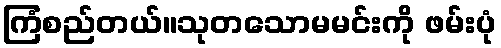
ကြံစည်တယ်။သုတသောမမင်းကို ဖမ်းပုံ